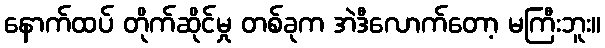
နောက်ထပ် တိုက်ဆိုင်မှု တစ်ခုက အဲဒီလောက်တော့ မကြီးဘူး။